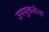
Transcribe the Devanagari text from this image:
उपयुक्ततेला